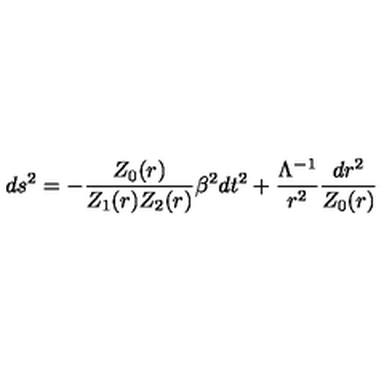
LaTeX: d s ^ { 2 } = - \frac { Z _ { 0 } ( r ) } { Z _ { 1 } ( r ) Z _ { 2 } ( r ) } \beta ^ { 2 } d t ^ { 2 } + \frac { \Lambda ^ { - 1 } } { r ^ { 2 } } \frac { d r ^ { 2 } } { Z _ { 0 } ( r ) }